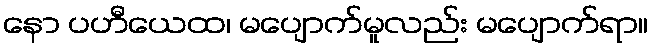
နော ပဟီယေထ၊ မပျောက်မူလည်း မပျောက်ရာ။